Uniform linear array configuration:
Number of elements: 8
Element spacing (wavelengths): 0.75
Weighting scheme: hamming
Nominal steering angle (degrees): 0
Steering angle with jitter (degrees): -1.934
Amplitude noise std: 0.05
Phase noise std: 0.05

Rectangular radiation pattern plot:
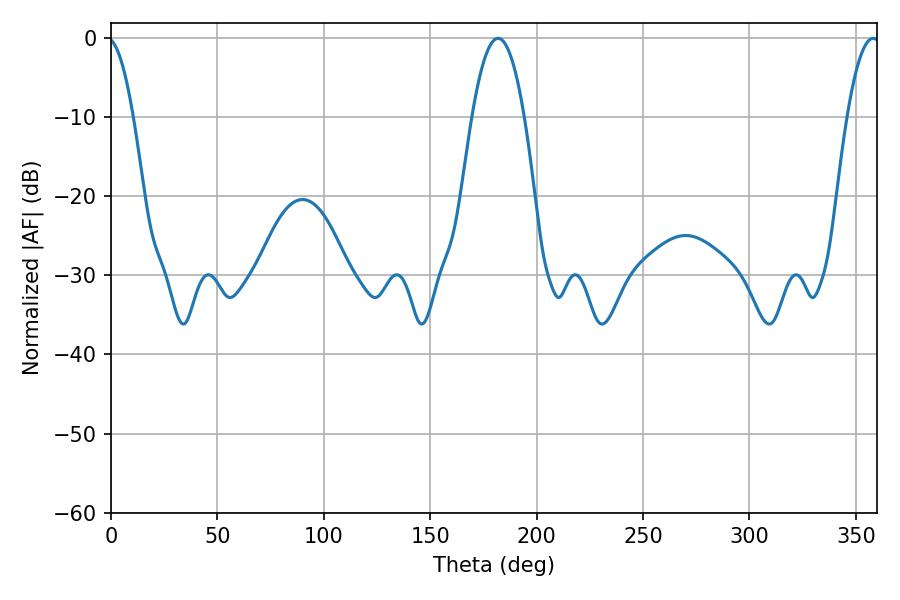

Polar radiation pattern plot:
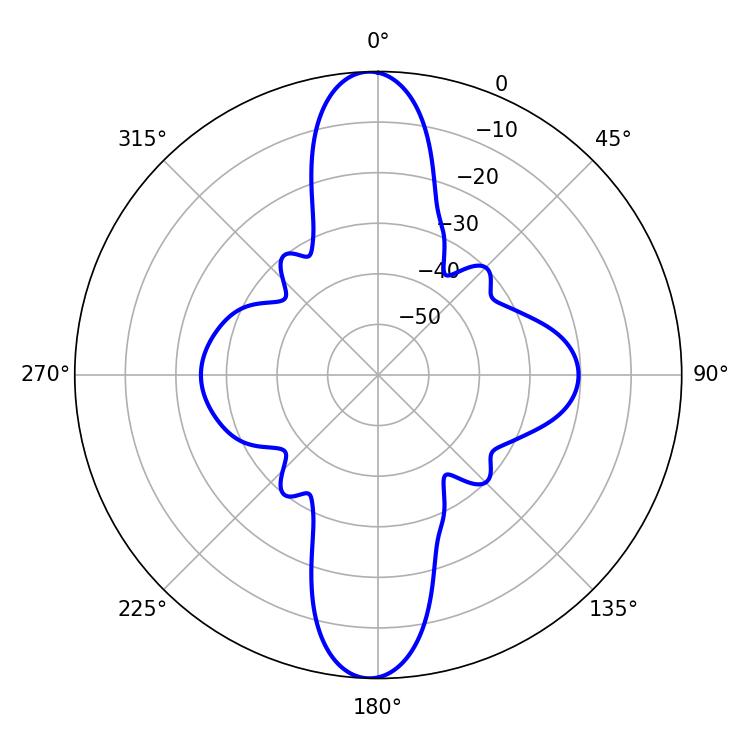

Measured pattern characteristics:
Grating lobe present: TRUE
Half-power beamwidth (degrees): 13.5
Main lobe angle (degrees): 181.8